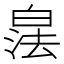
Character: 𪾁